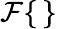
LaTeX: \mathcal F\{ \, \}